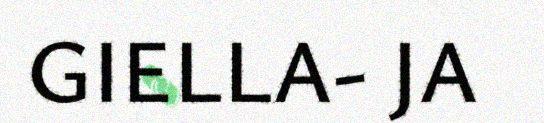
GIELLA- JA